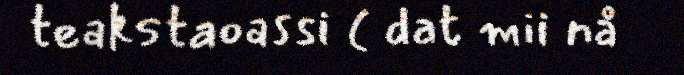
teakstaoassi ( dat mii nå